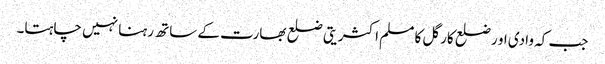
جب کہ وادی او رضلع کارگل کا مسلم اکثریتی ضلع بھارت کے ساتھ رہنا نہیں چاہتا۔